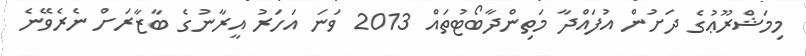
މިމަޝްރޫޢުގެ ދަށުން އުފައްދާ މަތިންދާބޯޓުތައް 2013 ވަނަ އަހަރު އީރާނުގެ ބާޒާރަށް ނެރެވޭނެ